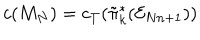
LaTeX: c ( M _ { N } ) = c _ { T } ( \tilde { \pi } _ { k } ^ { * } ( { \cal E } _ { N n + 1 } ) )